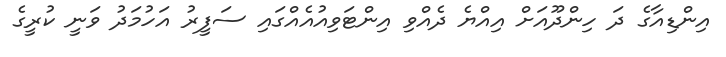
އިންޑިއާގެ ދަ ހިންދޫއަށް އިއްޔެ ދެއްވި އިންޓަވިއުއެއްގައި ސަފީރު އަހުމަދު ވަނީ ކުރީގެ